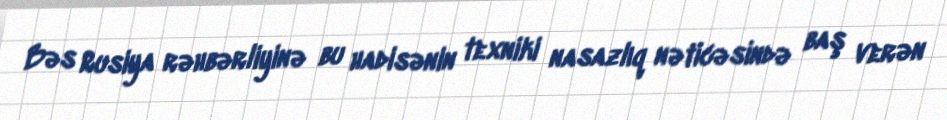
Bəs Rusiya rəhbərliyinə bu hadisənin texniki nasazlıq nəticəsində baş verən